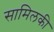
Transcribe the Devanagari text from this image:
सामिलकी